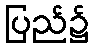
ပြည်၌